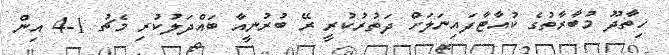
ހިތާދޫ މުބާރާތުގެ ކުއާޓާފައިނަލަށް ދަތުރުކުރީ ރޭ ބުރުނީއާ ބައްދަލުކުރި މެޗު 1-4 އިން